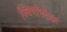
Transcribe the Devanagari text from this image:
ज़्बिगनियेफ़